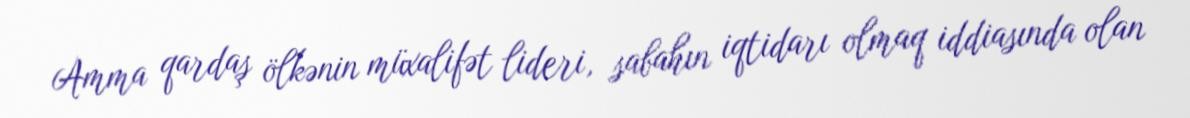
Amma qardaş ölkənin müxalifət lideri, sabahın iqtidarı olmaq iddiasında olan